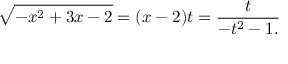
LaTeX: { \sqrt { - x ^ { 2 } + 3 x - 2 } } = ( x - 2 ) t = { \frac { t } { - t ^ { 2 } - 1 . } }